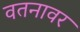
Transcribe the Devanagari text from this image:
वतनावर